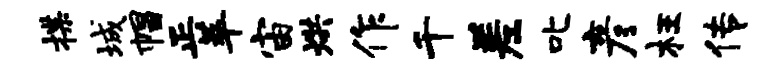
揲城帽正萃宙烘作千差叱彦枉传